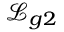
\mathcal { L } _ { g 2 }